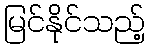
မြင်နိုင်သည့်